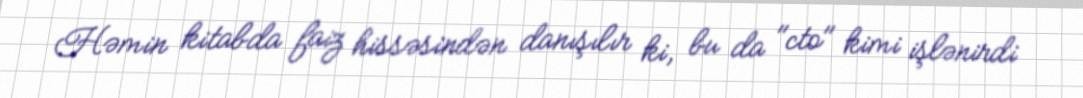
Həmin kitabda faiz hissəsindən danışılır ki, bu da "cto" kimi işlənirdi